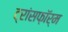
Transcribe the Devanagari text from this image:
ट्रांसफ़ॉर्म